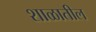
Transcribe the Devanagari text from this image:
शाळातील